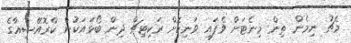
މެޗު ނިމެން ތިން މިނެޓަށް ވެފައި ވަނިކޮށް ރަކިޓިޗް ދިން ބޯޅައަކުން ކްރޮއޭޝިއާގެ